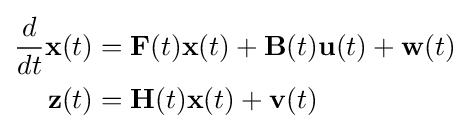
{\begin{aligned}{\frac {d}{dt}}\mathbf {x} (t)&=\mathbf {F} (t)\mathbf {x} (t)+\mathbf {B} (t)\mathbf {u} (t)+\mathbf {w} (t)\\\mathbf {z} (t)&=\mathbf {H} (t)\mathbf {x} (t)+\mathbf {v} (t)\end{aligned}}